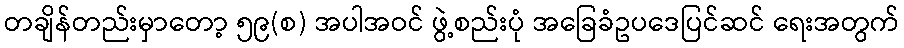
တချိန်တည်းမှာတော့ ၅၉(စ) အပါအဝင် ဖွဲ့စည်းပုံ အခြေခံဥပဒေပြင်ဆင် ရေးအတွက်